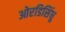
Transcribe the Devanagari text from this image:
ओरडिसिंधु